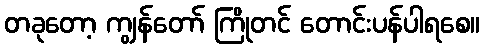
တခုတော့ ကျွန်တော် ကြိုတင် တောင်းပန်ပါရစေ။